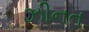
ઝીનત